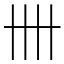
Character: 卌